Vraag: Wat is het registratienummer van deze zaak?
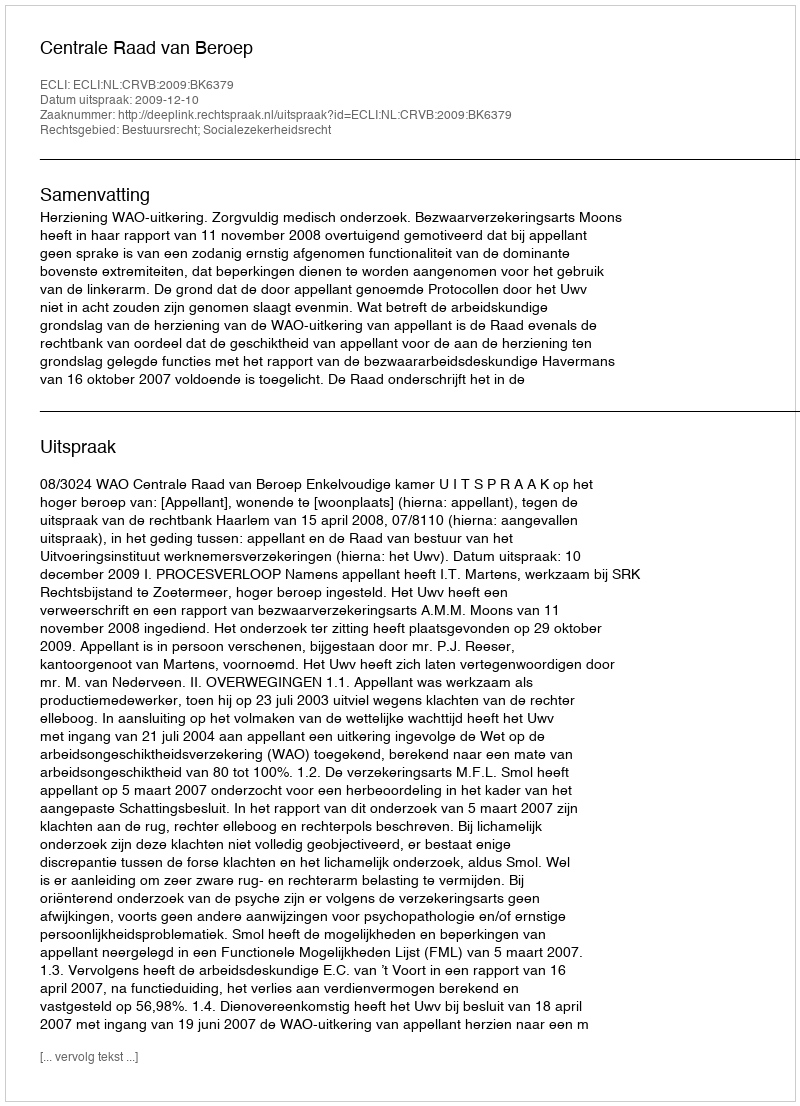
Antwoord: http://deeplink.rechtspraak.nl/uitspraak?id=ECLI:NL:CRVB:2009:BK6379